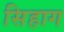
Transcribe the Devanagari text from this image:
सिहाग